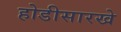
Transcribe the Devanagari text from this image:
होडीसारखे